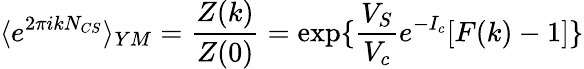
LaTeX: \langle e^{2\pi ikN_{CS}}\rangle_{YM}=\frac{Z(k)}{Z(0)}=\exp\{ \frac{V_{S}}{V_{c}}e^{-I_{c}}[F(k)-1]\}